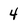
Character: 4